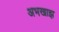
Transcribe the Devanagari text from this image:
अभखाझ